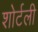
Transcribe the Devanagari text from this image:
शोर्टली